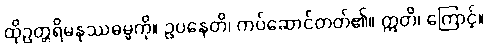
ထိုဥတ္တရိမနုဿဓမ္မကို။ ဥပနေတိ၊ ကပ်ဆောင်တတ်၏။ ဣတိ၊ ကြောင့်။